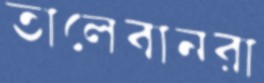
তালেবানরা